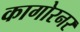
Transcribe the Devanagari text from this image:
कागोरनर